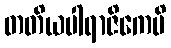
တတိယပါရာဇိကေပိ